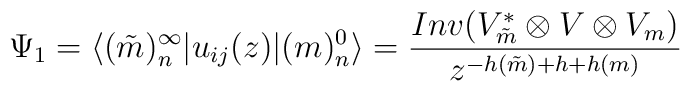
\Psi_1 =\langle (\tilde{m})^{\infty}_n | u_{ij} (z) | (m)^0_n \rangle =\frac{Inv (V_{\tilde{m}}^{\ast}\otimes V\otimes V_m)}{z^{-h (\tilde{m})+h+h (m)}}